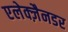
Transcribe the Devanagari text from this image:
एलेक्ज़ैनडर